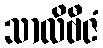
သာလိဗီဇံ